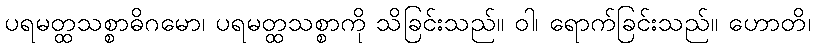
ပရမတ္ထသစ္စာဓိဂမော၊ ပရမတ္ထသစ္စာကို သိခြင်းသည်။ ဝါ၊ ရောက်ခြင်းသည်။ ဟောတိ၊